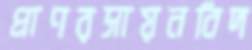
প্রাণরসায়নবিদ